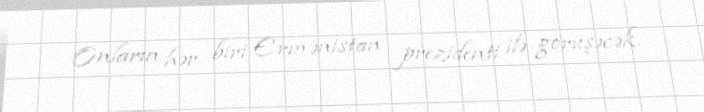
Onların hər biri Ermənistan prezidenti ilə görüşəcək.